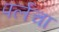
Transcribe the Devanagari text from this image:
पर्लचा